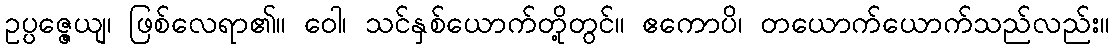
ဥပ္ပဇ္ဇေယျ၊ ဖြစ်လေရာ၏။ ဝေါ၊ သင်နှစ်ယောက်တို့တွင်။ ဧကောပိ၊ တယောက်ယောက်သည်လည်း။